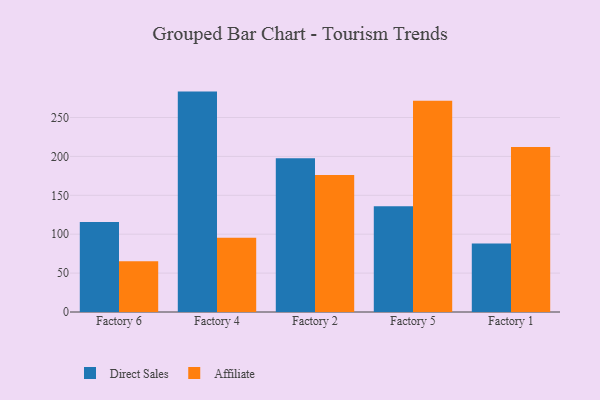
{"axis": {"x": "Factory", "y": "Tickets Resolved"}, "legend": ["Affiliate", "Direct Sales"], "data": [{"x": "Factory 6", "y": 115.8, "type": "Direct Sales"}, {"x": "Factory 6", "y": 65.1, "type": "Affiliate"}, {"x": "Factory 4", "y": 283.3, "type": "Direct Sales"}, {"x": "Factory 4", "y": 95.5, "type": "Affiliate"}, {"x": "Factory 2", "y": 197.5, "type": "Direct Sales"}, {"x": "Factory 2", "y": 176.2, "type": "Affiliate"}, {"x": "Factory 5", "y": 135.8, "type": "Direct Sales"}, {"x": "Factory 5", "y": 271.5, "type": "Affiliate"}, {"x": "Factory 1", "y": 88.1, "type": "Direct Sales"}, {"x": "Factory 1", "y": 212.2, "type": "Affiliate"}]}